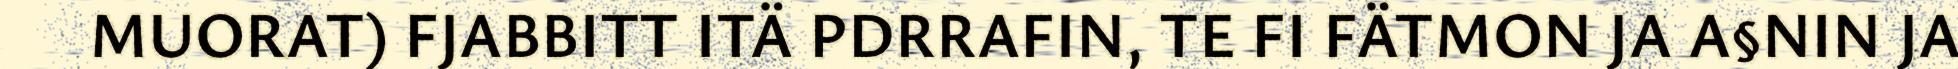
MUORAT) FJABBITT ITÄ PDRRAFIN, TE FI FÄTMON JA A§NIN JA